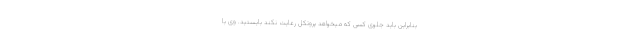
بنابراین باید جلوی کسی که میخواهد پروتکل رعایت نکند بایستید. وی با